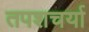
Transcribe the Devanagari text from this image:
तपशचर्या